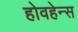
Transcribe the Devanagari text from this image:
होवहेन्स